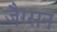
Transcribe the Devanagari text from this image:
जैग्सन